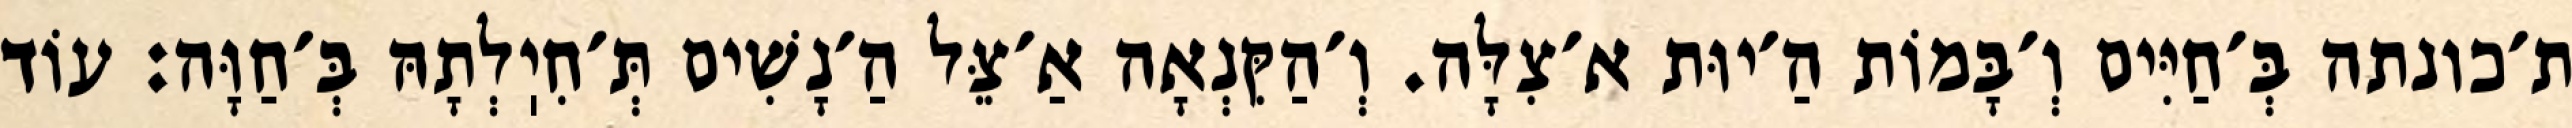
ת׳כונתה בְּ׳חַיִּים וְ׳בָּמוֹת הַ׳יוּת א׳צִלָּה. וְ׳הַקִּנְאָה אַ׳צֵּל הַ׳נָשִׁים תְּ׳חִיֽלְתָהּ בְּ׳חַוָּה: עוֹד